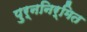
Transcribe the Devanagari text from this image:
पुर्ननिर्मित